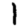
Digit: 1